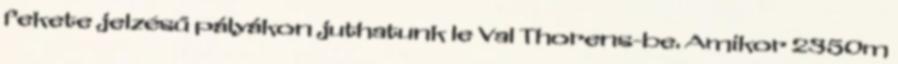
fekete jelzésű pályákon juthatunk le Val Thorens-be. Amikor 2350m